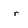
Character: r